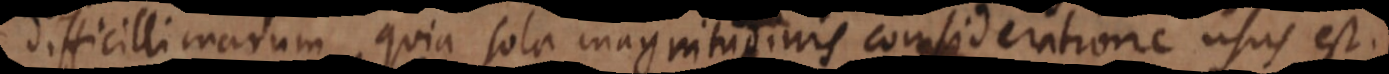
difficillimarum, quia sola magnitudinis consideratione usus est.